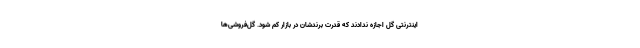
اینترنتی گل اجازه ندادند که قدرت برندشان در بازار کم شود. گل‌فروشی‌ها